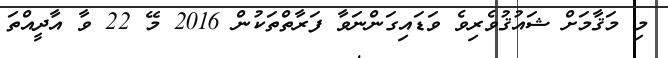
މި މަޤާމަށް ޝައުޤުވެރިވެ ވަޑައިގަންނަވާ ފަރާތްތަކުން 2016 މޭ 22 ވާ އާދީއްތަ